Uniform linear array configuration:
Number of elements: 32
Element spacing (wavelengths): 0.5
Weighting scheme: hann
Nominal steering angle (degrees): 45
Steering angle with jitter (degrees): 46.127
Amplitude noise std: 0.05
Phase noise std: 0.05

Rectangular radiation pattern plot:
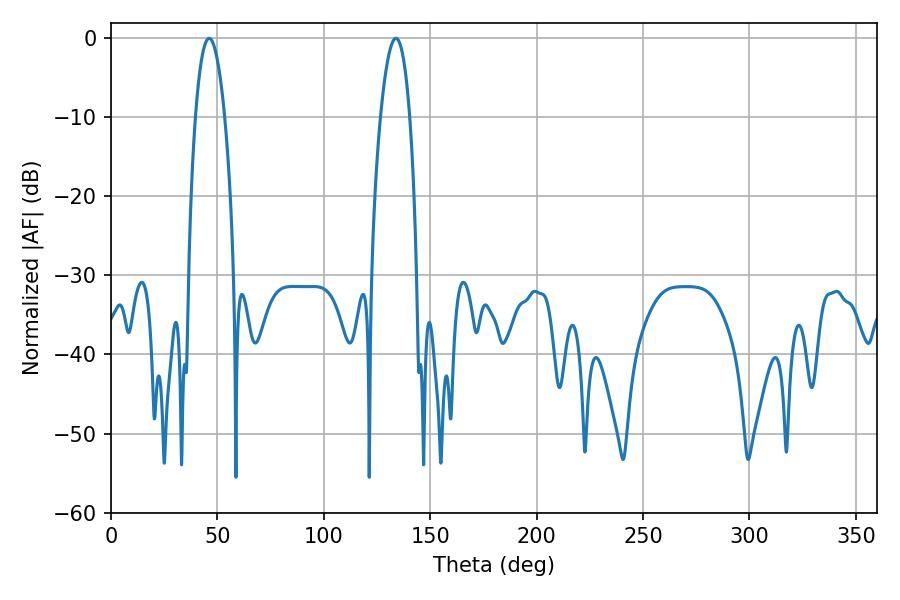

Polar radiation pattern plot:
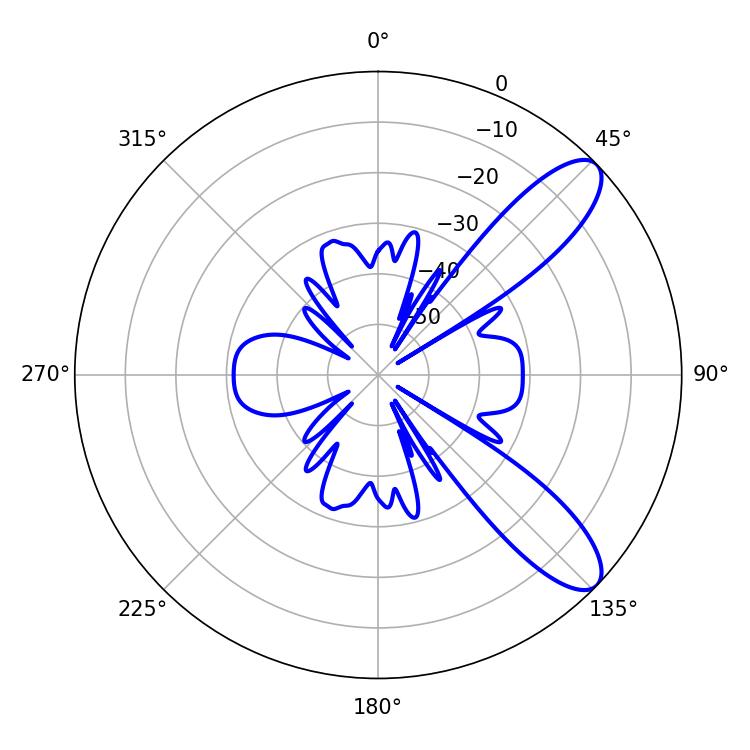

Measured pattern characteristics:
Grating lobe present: FALSE
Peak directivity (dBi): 9.87
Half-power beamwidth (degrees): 7.56
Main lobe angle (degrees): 46.08